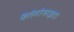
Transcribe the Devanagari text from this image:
कैलेमोफाइटा